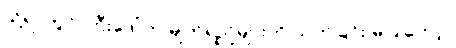
သို့ရာတွင် ကြီးဒေါ်က မျက်ရည်များကို သုတ်ခြင်း မပြုတော့။